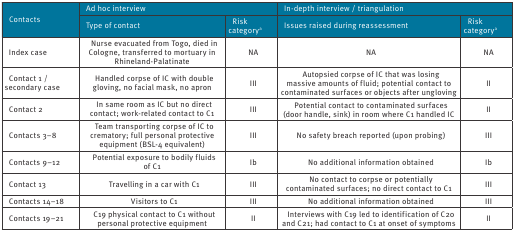
| <ROWSPAN=2> Contacts | <COLSPAN=2> Ad hoc interview | <COLSPAN=2> In-depth interview / triangulation |
 | Type of contact | Risk categorya | Issues raised during reassessment | Risk categorya |
 | --- | --- | --- | --- | --- |
 | Index case | Nurse evacuated from Togo, died in Cologne, transferred to mortuary in Rhineland-Palatinate | NA | NA | NA |
 | Contact 1 / secondary case | Handled corpse of IC with double gloving, no facial mask, no apron | III | Autopsied corpse of IC that was losing massive amounts of fluid; potential contact to contaminated surfaces or objects after ungloving | II |
 | Contact 2 | In same room as IC but no direct contact; work-related contact to C1 | III | Potential contact to contaminated surfaces (door handle, sink) in room where C1 handled IC | II |
 | Contacts 3–8 | Team transporting corpse of IC to crematory; full personal protective equipment (BSL-4 equivalent) | III | No safety breach reported (upon probing) | III |
 | Contacts 9–12 | Potential exposure to bodily fluids of C1 | Ib | No additional information obtained | Ib |
 | Contact 13 | Travelling in a car with C1 | III | No contact to corpse or potentially contaminated surfaces; no direct contact to C1 | III |
 | Contacts 14–18 | Visitors to C1 | III | No additional information obtained | III |
 | Contacts 19–21 | C19 physical contact to C1 without personal protective equipment | II | Interviews with C19 led to identification of C20 and C21; had contact to C1 at onset of symptoms | II |